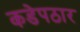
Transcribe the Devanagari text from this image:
कडेपठार